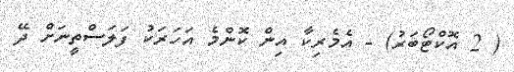
( 2 އޮކްޓޯބަރު) - އެމެރިކާ އިން ކޮންމެ އަހަރަކު ފަލަސްތީނަށް ދޭ